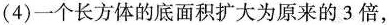
(4)一个长方体的底面积扩大为原来的3倍，